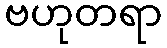
ဗဟုတရာ